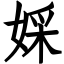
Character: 婇